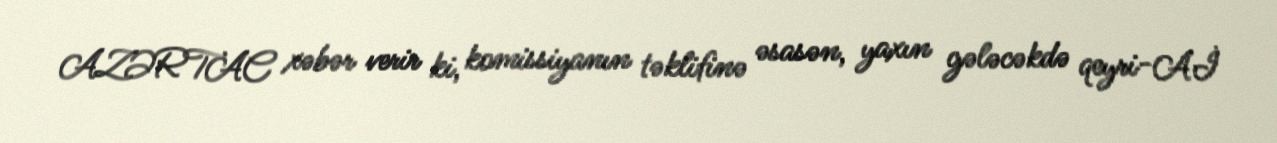
AZƏRTAC xəbər verir ki, komissiyanın təklifinə əsasən, yaxın gələcəkdə qeyri-Aİ